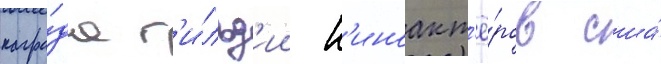
награ́да г'и́льд'ии к'иноакт'ё́ров сша́